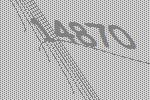
14870